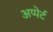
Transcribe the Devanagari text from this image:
अप्पेर्ट